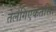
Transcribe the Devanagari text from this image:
तेलंगिएकतसिा